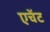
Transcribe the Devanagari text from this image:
एचेंट